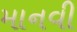
માનવી